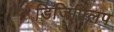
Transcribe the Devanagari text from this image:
डिजिफ्लिप